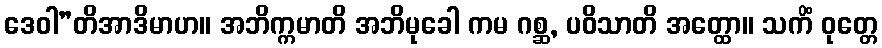
ဒေဝါ”တိအာဒိမာဟ။ အဘိက္ကမာတိ အဘိမုခေါ ကမ ဂစ္ဆ, ပဝိသာတိ အတ္ထော။ သကိံ ဝုတ္တေ